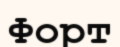
Форт